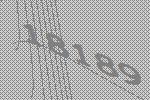
18189